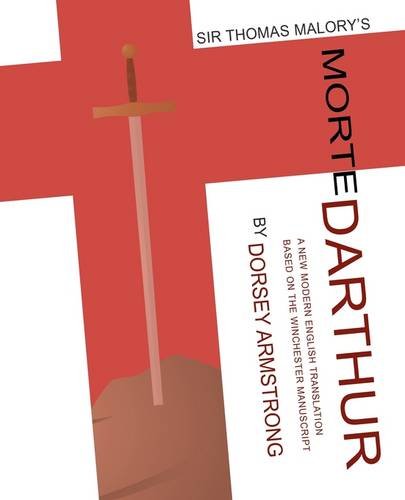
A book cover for Sir Thomas Malory's Morte Darthur: A New Modern English Translation Based on the Winchester Manuscript (Renaissance and Medieval Studies); Dorsey Armstrong; Romance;